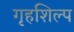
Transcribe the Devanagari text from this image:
गृहशिल्प